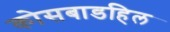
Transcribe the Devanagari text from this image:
कोसबाडहिल